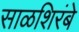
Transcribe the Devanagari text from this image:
साळशिरंबे